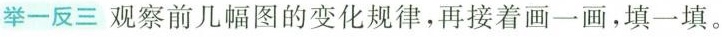
举一反三观察前几幅图的变化规律，再接着画一画，填一填。